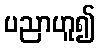
ပညာဟူ၍